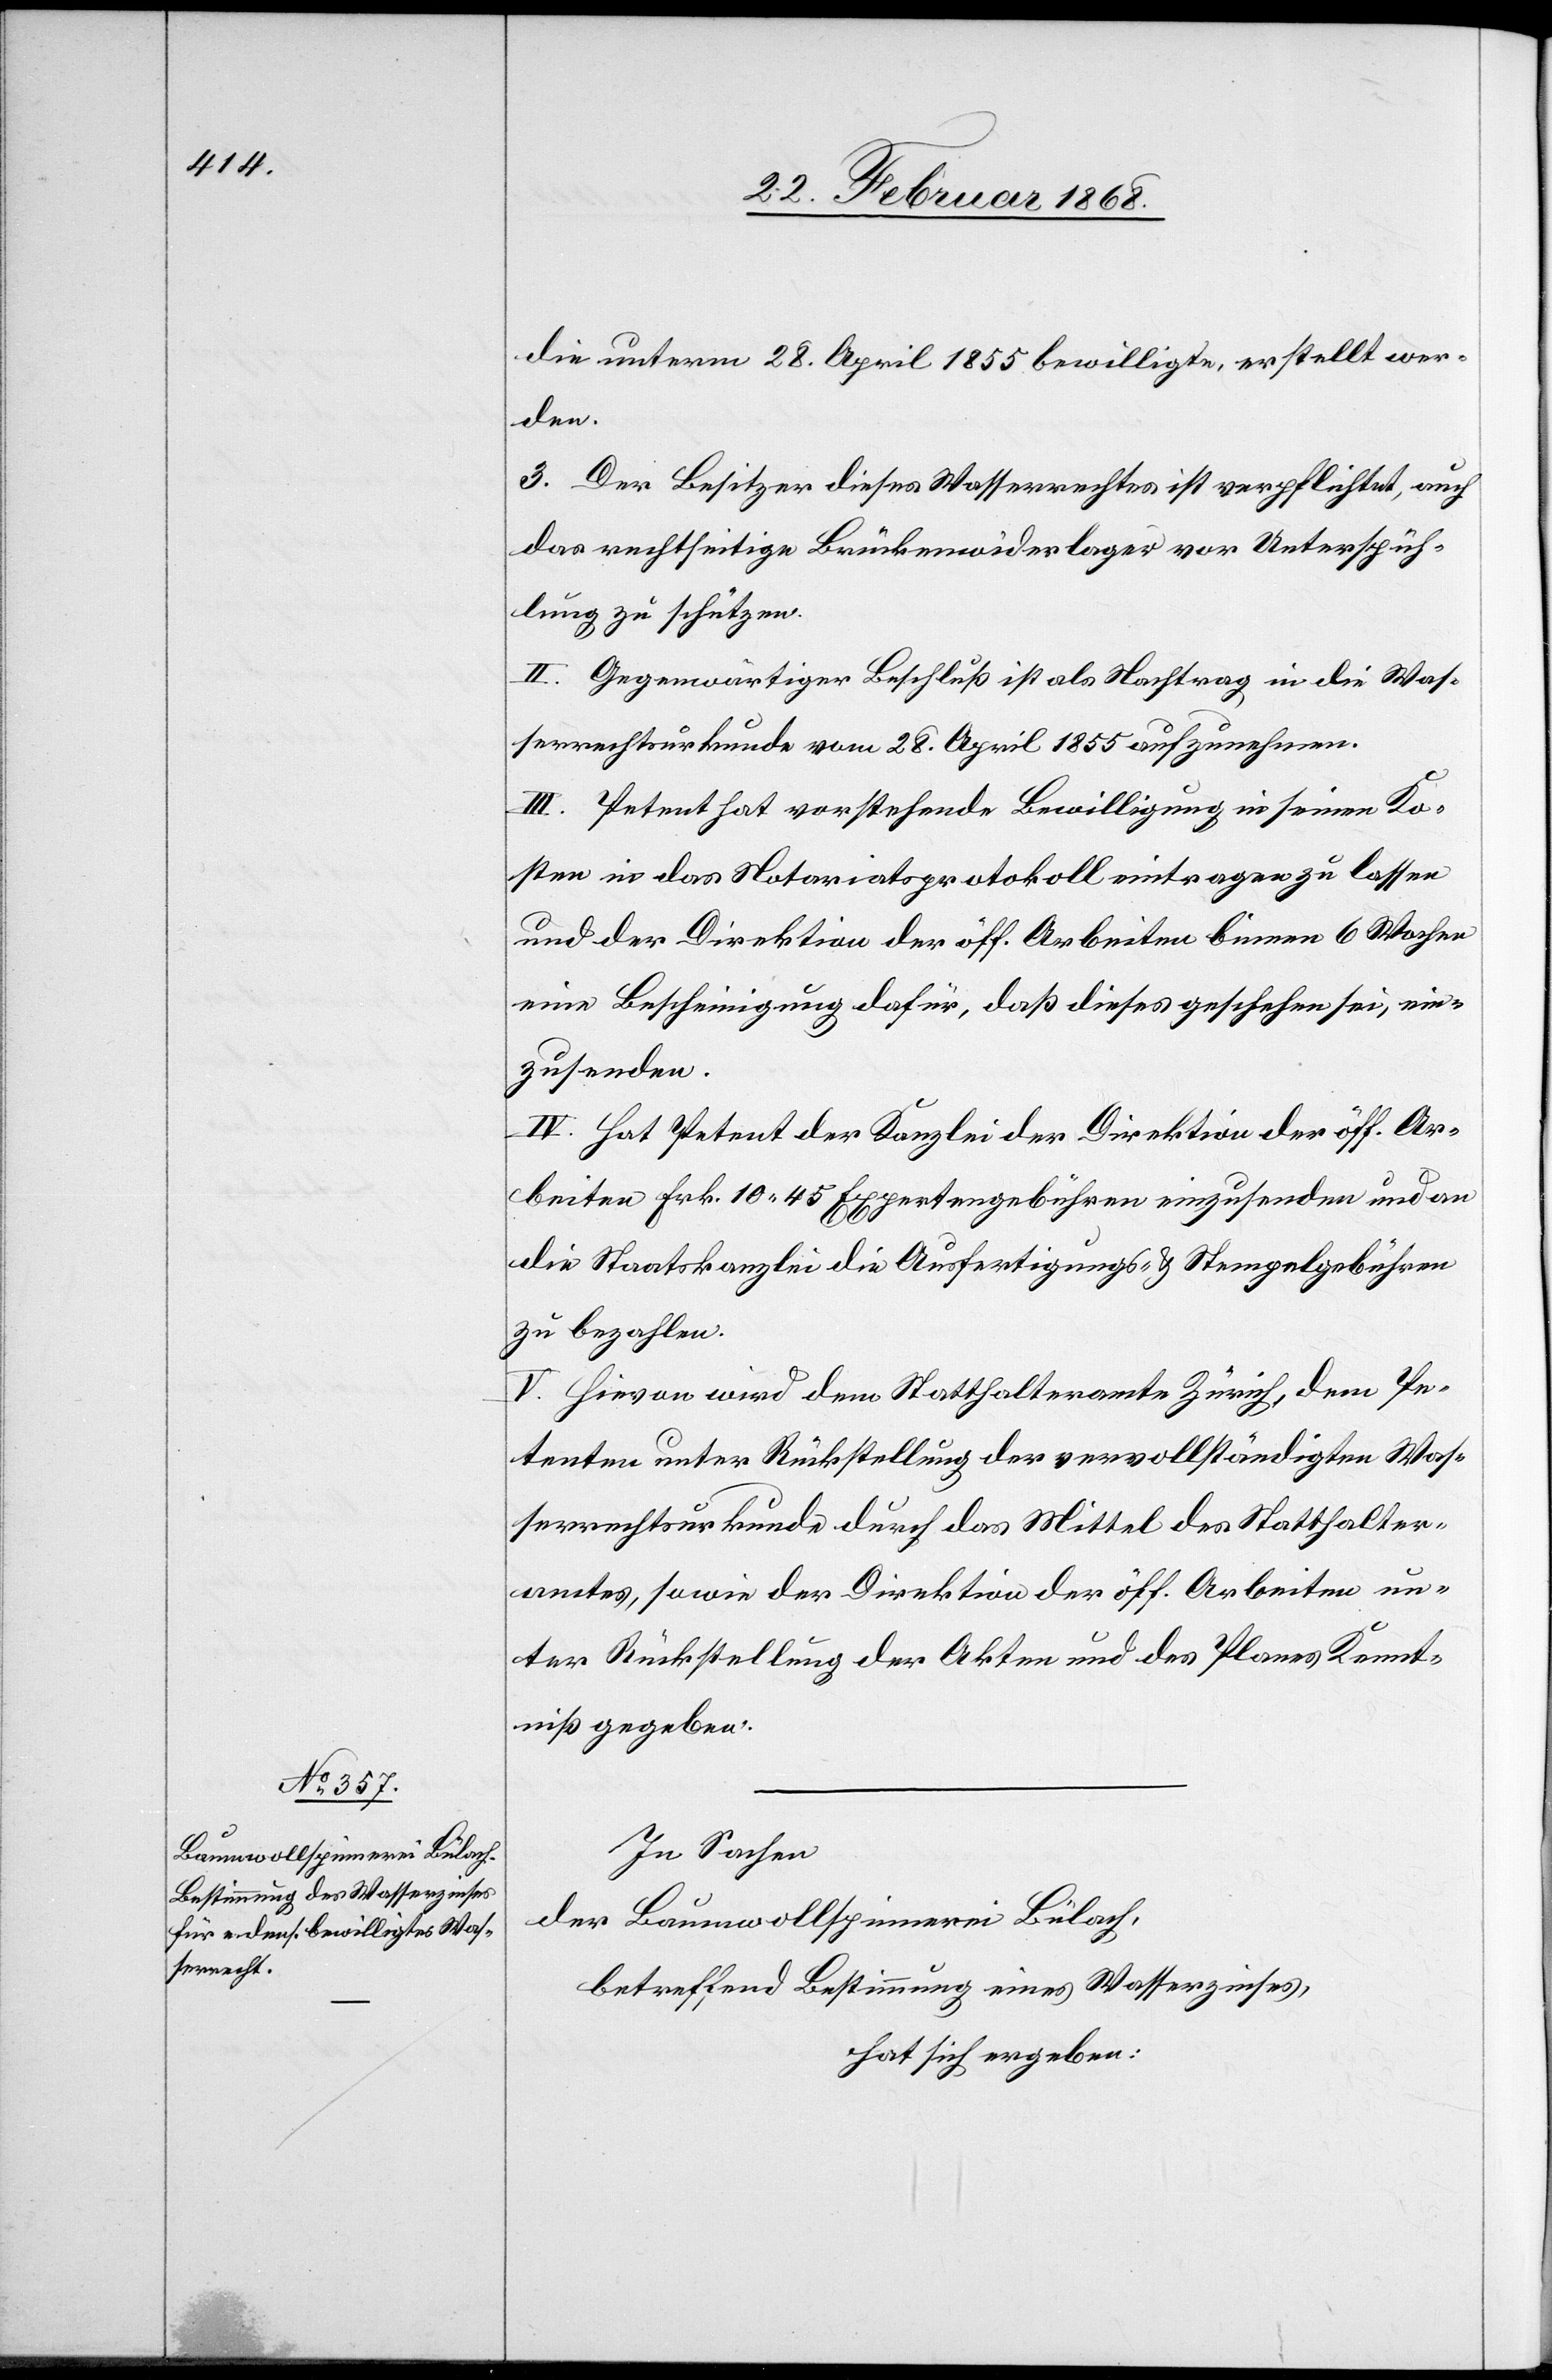
die unterm 28. April 1855 bewilligte, erstellt wer¬
den.
3. Der Besitzer dieses Wasserrechtes ist verpflichtet, auch
das rechtseitige Brückenwiderlager vor Unterspüh¬
lung zu schützen.
II. Gegenwärtiger Beschluß ist als Nachtrag in die Was¬
serrechtsurkunde vom 28. April 1855 aufzunehmen.
III. Petent hat vorstehende Bewilligung in seinen Ko¬
sten in das Notariatsprotokoll eintragen zu lassen
und der Direktion der öff. Arbeiten binnen 6 Wochen
eine Bescheinigung dafür, daß dieses geschehen sei, ein¬
zusenden.
IV. Hat Petent der Kanzlei der Direktion der öff. Ar¬
beiten Frk. 10. 45 Expertengebühren einzusenden und an
die Staatskanzlei die Ausfertigungs- & Stempelgebühren
zu bezahlen.
V. Hievon wird dem Statthalteramte Zürich, dem Pe¬
tenten unter Rückstellung der vervollständigten Was¬
serrechtsurkunde durch das Mittel des Statthalter¬
amtes, sowie der Direktion der öff. Arbeiten un¬
ter Rückstellung der Akten und des Planes Kennt¬
niß gegeben.
In Sachen
der Baumwollspinnerei Bülach,
betreffend Bestimmung eines Wasserzinses,
hat sich ergeben: